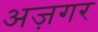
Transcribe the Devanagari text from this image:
अज़गर